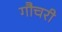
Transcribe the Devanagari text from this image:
गौचरी